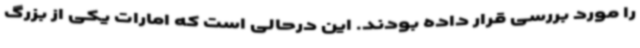
را مورد بررسی قرار داده بودند. این درحالی است که امارات یکی از بزرگ